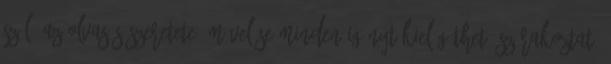
szól. Az olvasás szeretete, művelése minden igényt kielégíthet: szórakoztat,